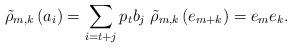
LaTeX: \begin{align*}\tilde{\rho}_{m,k}\left(a_i\right)=\sum_{i=t+j}p_tb_j \; \tilde{\rho}_{m,k}\left(e_{m+k}\right)=e_me_k. \end{align*}